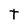
Character: t